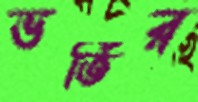
ভর্তির